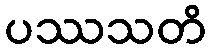
ပဿသတိ